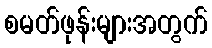
စမတ်ဖုန်းများအတွက်